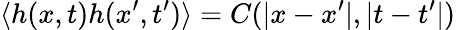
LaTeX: \langle h(x,t)h(x^{\prime},t^{\prime})\rangle=C(|x-x^{\prime}|,|t-t^{\prime}|)